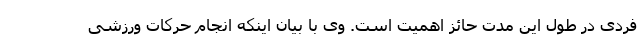
فردی در طول این مدت حائز اهمیت است. وی با بیان اینکه انجام حرکات ورزشی